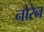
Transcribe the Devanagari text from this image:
नोरेन